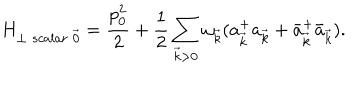
LaTeX: H _ { \perp \; s c a l a r \; \vec { 0 } } = \frac { p _ { 0 } ^ { 2 } } { 2 } + \frac { 1 } { 2 } \sum _ { \vec { k } > 0 } \omega _ { \vec { k } } ( a _ { \vec { k } } ^ { + } a _ { \vec { k } } + \bar { a } _ { \vec { k } } ^ { + } \bar { a } _ { \vec { k } } ) .